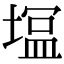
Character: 𭏛